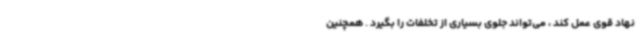
نهاد قوی عمل کند ، می‌تواند جلوی بسیاری از تخلفات را بگیرد . همچنین